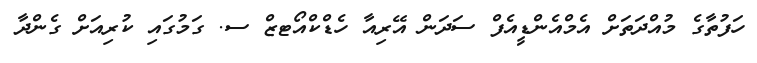
ހަފުތާގެ މުއްދަތަށް އެމްއެންޑީއެފް ސަދަން އޭރިއާ ހެޑްކްއޯޓޒް ސ. ގަމުގައި ކުރިއަށް ގެންދާ